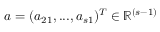
\boldsymbol { a } = ( a _ { 2 1 } , . . . , a _ { s 1 } ) ^ { T } \in \mathbb { R } ^ { ( s - 1 ) }